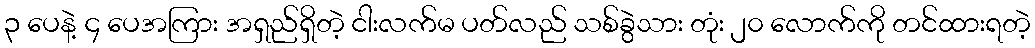
၃ ပေနဲ့ ၄ ပေအကြား အရှည်ရှိတဲ့ ငါးလက်မ ပတ်လည် သစ်ခွဲသား တုံး ၂၀ လောက်ကို တင်ထားရတဲ့